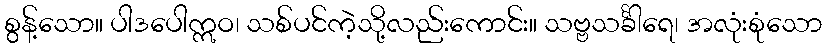
စွန့်သော။ ပါဒပေါဣဝ၊ သစ်ပင်ကဲ့သို့လည်းကောင်း။ သဗ္ဗသင်္ခါရေ၊ အလုံးစုံသော